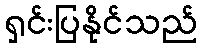
ရှင်းပြနိုင်သည်